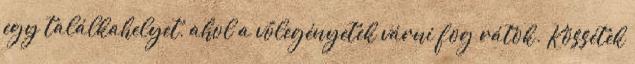
egy találkahelyet, ahol a vőlegényetek várni fog rátok. Kössétek